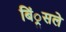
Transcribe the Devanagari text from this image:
बिं्रसले